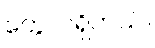
တွေလဲရှိတယ်။